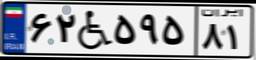
۱۳W۲۷۳۱۹